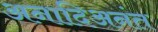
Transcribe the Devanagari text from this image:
अनादिअनंत